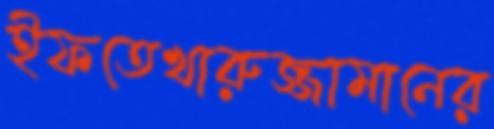
ইফতেখারুজ্জামানের